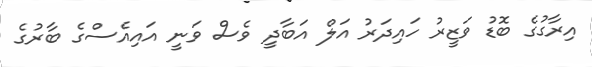
އިރާގުގެ ބޮޑު ވަޒީރު ހައިދަރު އަލް އަބާދީ ވެސް ވަނީ އައިއެސްގެ ބާރުގެ